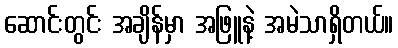
ဆောင်းတွင်း အချိန်မှာ အဖြူနဲ့ အမဲသာရှိတယ်။